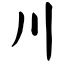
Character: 川